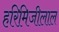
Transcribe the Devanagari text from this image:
हरिमिजीलाल